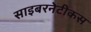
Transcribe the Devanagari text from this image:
साइबरनेटीकस